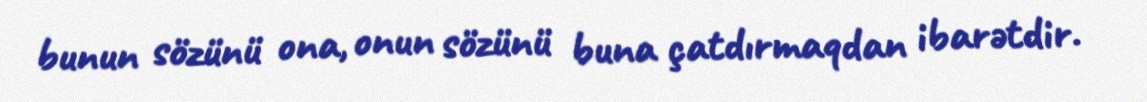
bunun sözünü ona, onun sözünü buna çatdırmaqdan ibarətdir.